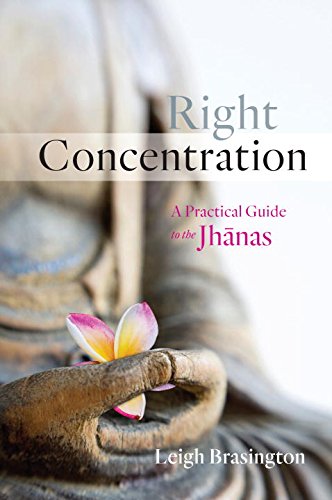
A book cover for Right Concentration: A Practical Guide to the Jhanas; Leigh Brasington; Politics & Social Sciences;